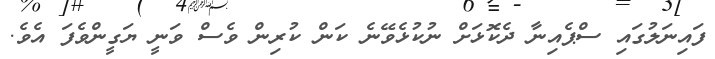
ފައިނަލުގައި ސްޕެއިނާ ދެކޮޅަށް ނުކުޅެވޭނެ ކަން ކުރިން ވެސް ވަނީ ޔަގީންވެފަ އެވެ.